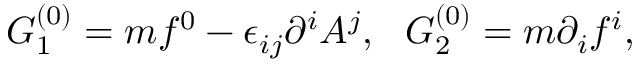
G _ { 1 } ^ { ( 0 ) } = m f ^ { 0 } - \epsilon _ { i j } \partial ^ { i } A ^ { j } , ~ ~ G _ { 2 } ^ { ( 0 ) } = m \partial _ { i } f ^ { i } ,